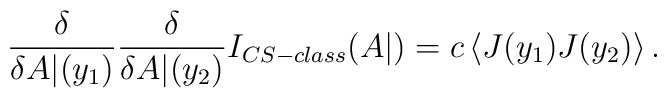
\frac{\delta}{\delta A|(y_1)}\frac{\delta}{\delta A|(y_2)} I_{CS-class} (A|) = c \left< J(y_1) J(y_2) \right>.